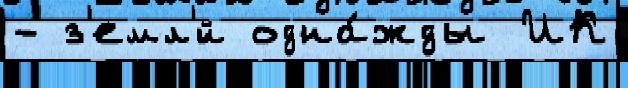
- з'емл'́й одна́жды ИК